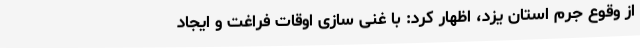
از وقوع جرم استان یزد، اظهار کرد: با غنی سازی اوقات فراغت و ایجاد